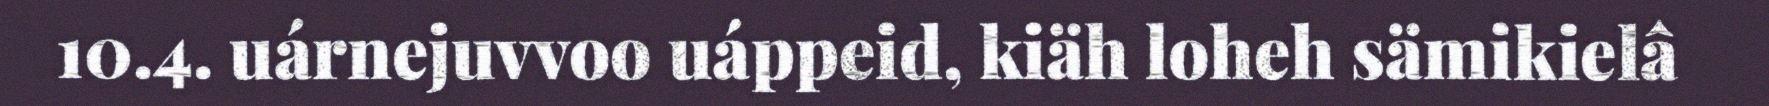
10.4. uárnejuvvoo uáppeid, kiäh loheh sämikielâ